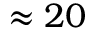
\approx 2 0